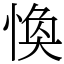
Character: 愌